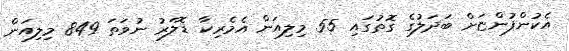
އެކުންފުންޏަށް ބަދަލުގެ ގޮތުގައި 55 މިލިއަން އެމެރިކާ ޑޮލަރު ނުވަތަ 849 މިލިއަން